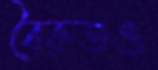
বৈরুতও